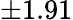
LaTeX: \pm 1.91